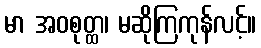
မာ အဝစုတ္ထ၊ မဆိုကြကုန်လင့်။